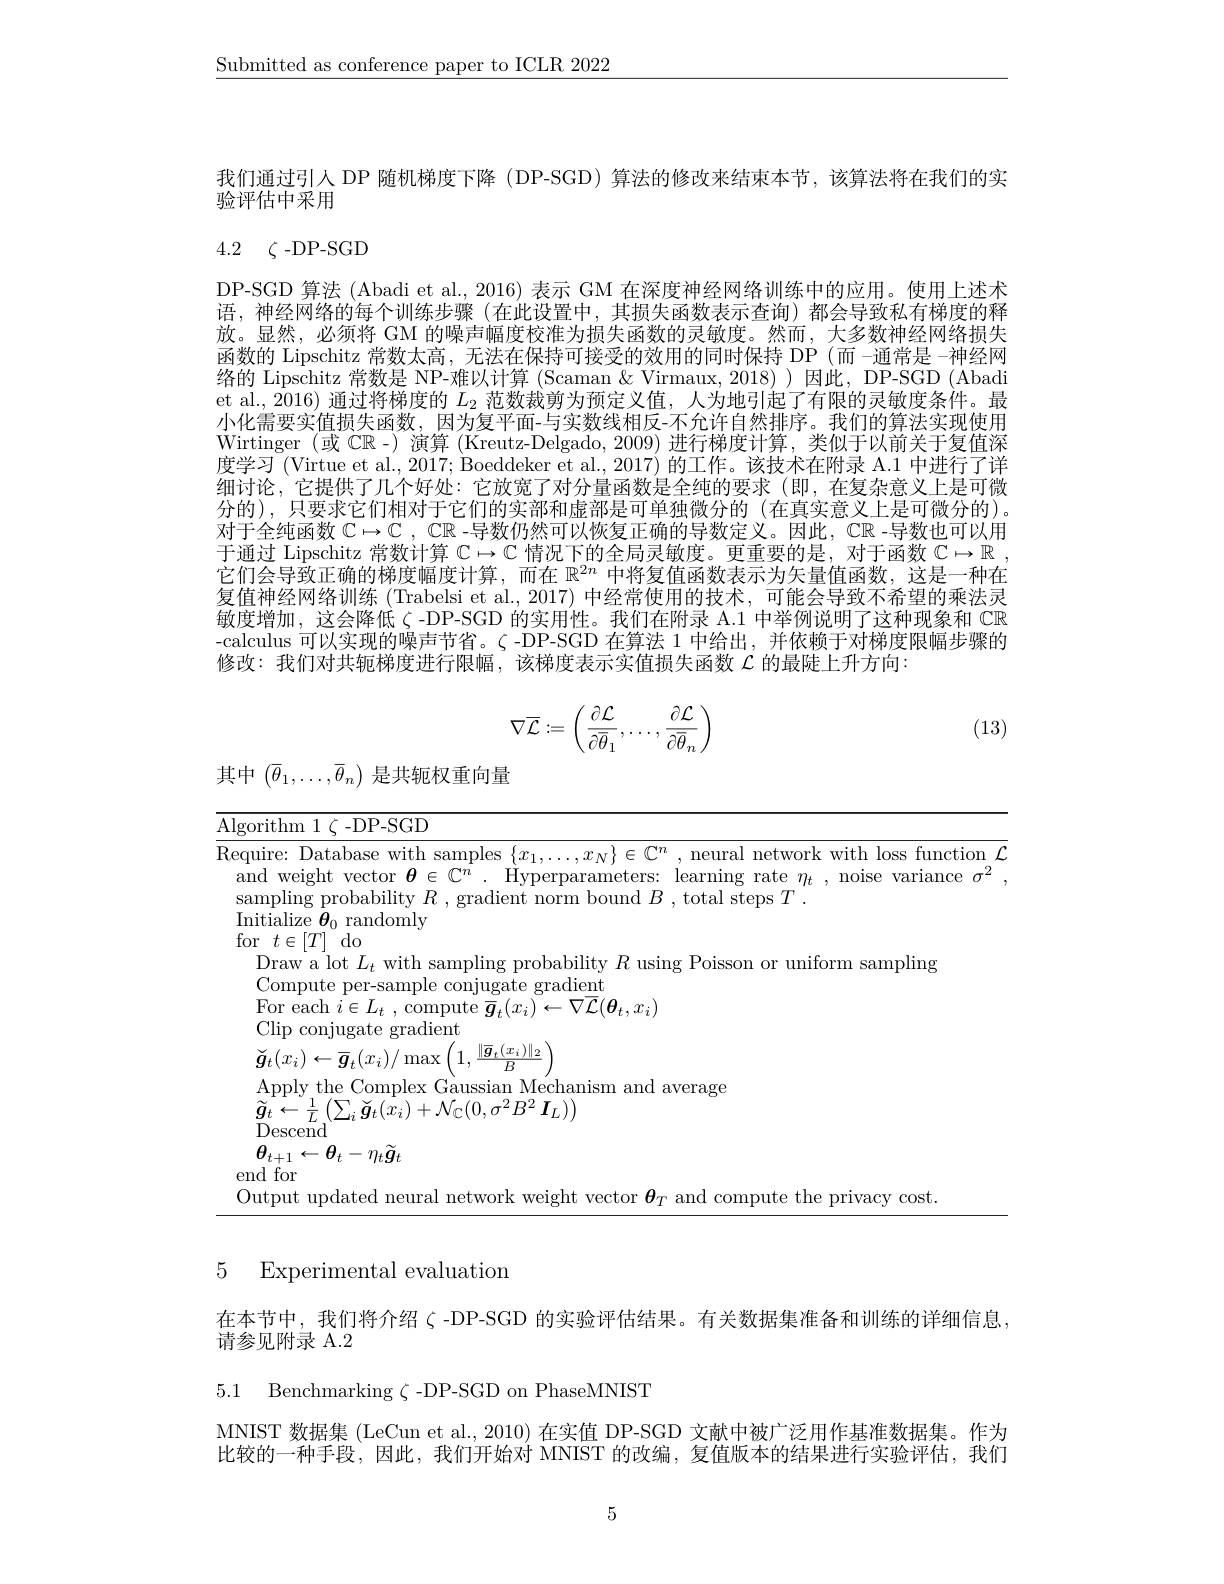
$\underline{\text{Submitted as conference paper to ICLR 2022}}$

我们通过引人 DP 随机梯度下降 (DP-SGD) 算法的修改来结束本节，该算法将在我们的实
验评估中采用

# 4.2 $\zeta$-DP-SGD

DP-SGD 算法 (Abadi et al., 2016) 表示 GM 在深度神经网络训练中的应用。使用上述术语，神经网络的每个训练步骤(在此设置中，其损失函数表示查询)都会导致私有梯度的释放。显然，必须将 GM 的噪声幅度校准为损失函数的灵敏度。然而，大多数神经网络损失函数的 Lipschitz 常数太高，无法在保持可接受的效用的同时保持 DP (而 -通常是 -神经网络的 Lipschitz 常数是 NP-难以计算 (Scaman &Virmaux, 2018))因此，DP-SGD (Abadi et al., 2016) 通过将梯度的$L_{2}$范数裁剪为预定义值，人为地引起了有限的灵敏度条件。最小化需要实值损失函数，因为复平面-与实数线相反-不允许自然排序。我们的算法实现使用Wirtinger (或$\mathbb{CR}$ -) 演算 (Kreutz-Delgado,2009) 进行梯度计算，类似于以前关于复值深度学习 (Virtue et al., 2017; Boeddeker et al., 2017) 的工作。该技术在附录 A.1 中进行了详细讨论，它提供了几个好处：它放宽了对分量函数是全纯的要求(即，在复杂意义上是可微分的),只要求它们相对于它们的实部和虚部是可单独微分的(在真实意义上是可微分的)。对于全纯函数$\mathbb{C}\mapsto\mathbb{C}$ , $\mathbb{CR}$ -导数仍然可以恢复正确的导数定义。因此，$\mathbb{CR}$ -导数也可以用于通过 Lipschitz 常数计算$\mathbb{C}\mapsto\mathbb{C}$情况下的全局灵敏度。更重要的是，对于函数$\mathbb{C} \mapsto \mathbb{R}$ , 它们会导致正确的梯度幅度计算，而在$\mathbb{R}^{2n}$中将复值函数表示为矢量值函数，这是一种在复值神经网络训练 (Trabelsi et al., 2017) 中经常使用的技术，可能会导致不希望的乘法灵敏度增加，这会降低$\zeta$ -DP-SGD 的实用性。我们在附录 A.1 中举例说明了这种现象和 CR -calculus 可以实现的噪声节省。$\zeta$ -DP-SGD 在算法 1 中给出，并依赖于对梯度限幅步骤的修改：我们对共轭梯度进行限幅，该梯度表示实值损失函数$\mathcal{L}$的最陡上升方向：
$$\nabla\overline{\mathcal{L}}:=\left(\frac{\partial\mathcal{L}}{\partial\overline{\theta}_{1}},\dots,\frac{\partial\mathcal{L}}{\partial\overline{\theta}_{n}}\right)$$
(13)

其中$\left(\overline{\theta}_1,\ldots,\overline{\theta}_n\right)$是共轭权重向量

$\mathcal{L}$
<table>
	<tbody>
		<tr>
			<td>$.g$ AIL</td>
			<td>${\mathrm{rithm~1~\zeta~-DP-SGD}}$</td>
		</tr>
		<tr>
			<td>$\{$ec $a$ Si $I_{\mathrm{l}}$</td>
			<td>ire: Database with samples $\{x_1,\ldots,x_N\}\in\mathbb{C}^n$ , neural network with loss functior d weight vector $\boldsymbol{\theta}\in\mathbb{C}^n.$ Hyperparameters: learning rate $\eta_t$, noise variance $\sigma$ ${\mathrm{npling~probability~}}R$ $, {\mathrm{~gradient~norm~bound~}}B$ $, {\mathrm{~total~steps~}}T$ . tialize $\boldsymbol{\theta }_{0}$ randomly</td>
		</tr>
	</tbody>
</table>

## 5 Experimental evaluation

在本节中，我们将介绍$\zeta$ -DP-SGD 的实验评估结果。有关数据集准备和训练的详细信息，
请参见附录 A.2

5.1 Benchmarking $\zeta$ -DP-SGD on PhaseMNIST

MNIST 数据集 (LeCun et al., 2010) 在实值 DP-SGD 文献中被广泛用作基准数据集。作为比较的一种手段，因此，我们开始对 MNIST 的改编，复值版本的结果进行实验评估，我们

5